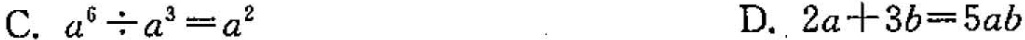
C.$$a ^ { 6 } \div a ^ { 3 } = a ^ { 2 }$$ D.$$2 a + 3 b = 5 a b$$